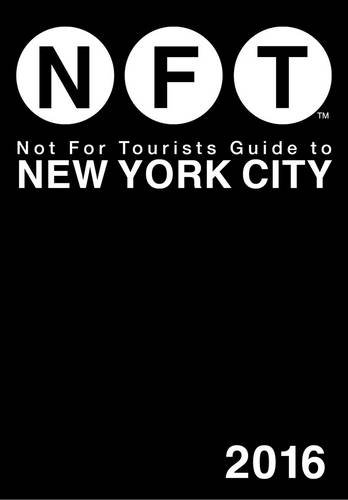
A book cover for Not For Tourists Guide to New York City 2016; Not For Tourists; Reference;